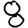
Digit: 8